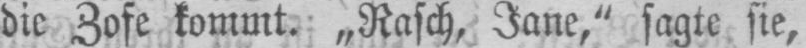
die Zofe kommt. „Rasch, Jane,“ sagte sie,